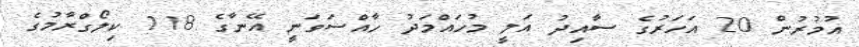
އުމުރުން 20 އަހަރުގެ ސާއިދު އަލީ މުހައްމަދު ހާއްސަވަނީ އޭނާގެ 118 ކިލޯގްރާމުގެ